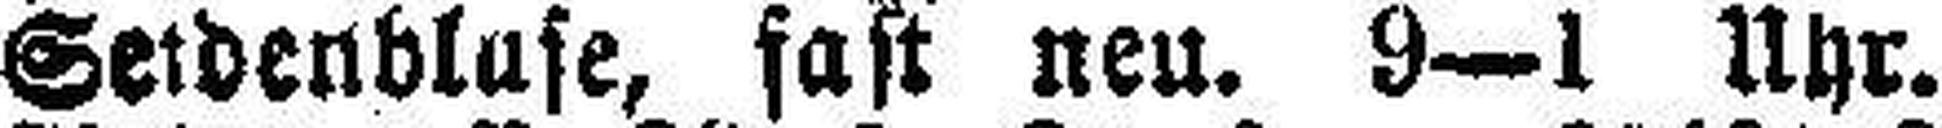
Seidenbluse, fast neu. 9—1 Uhr.